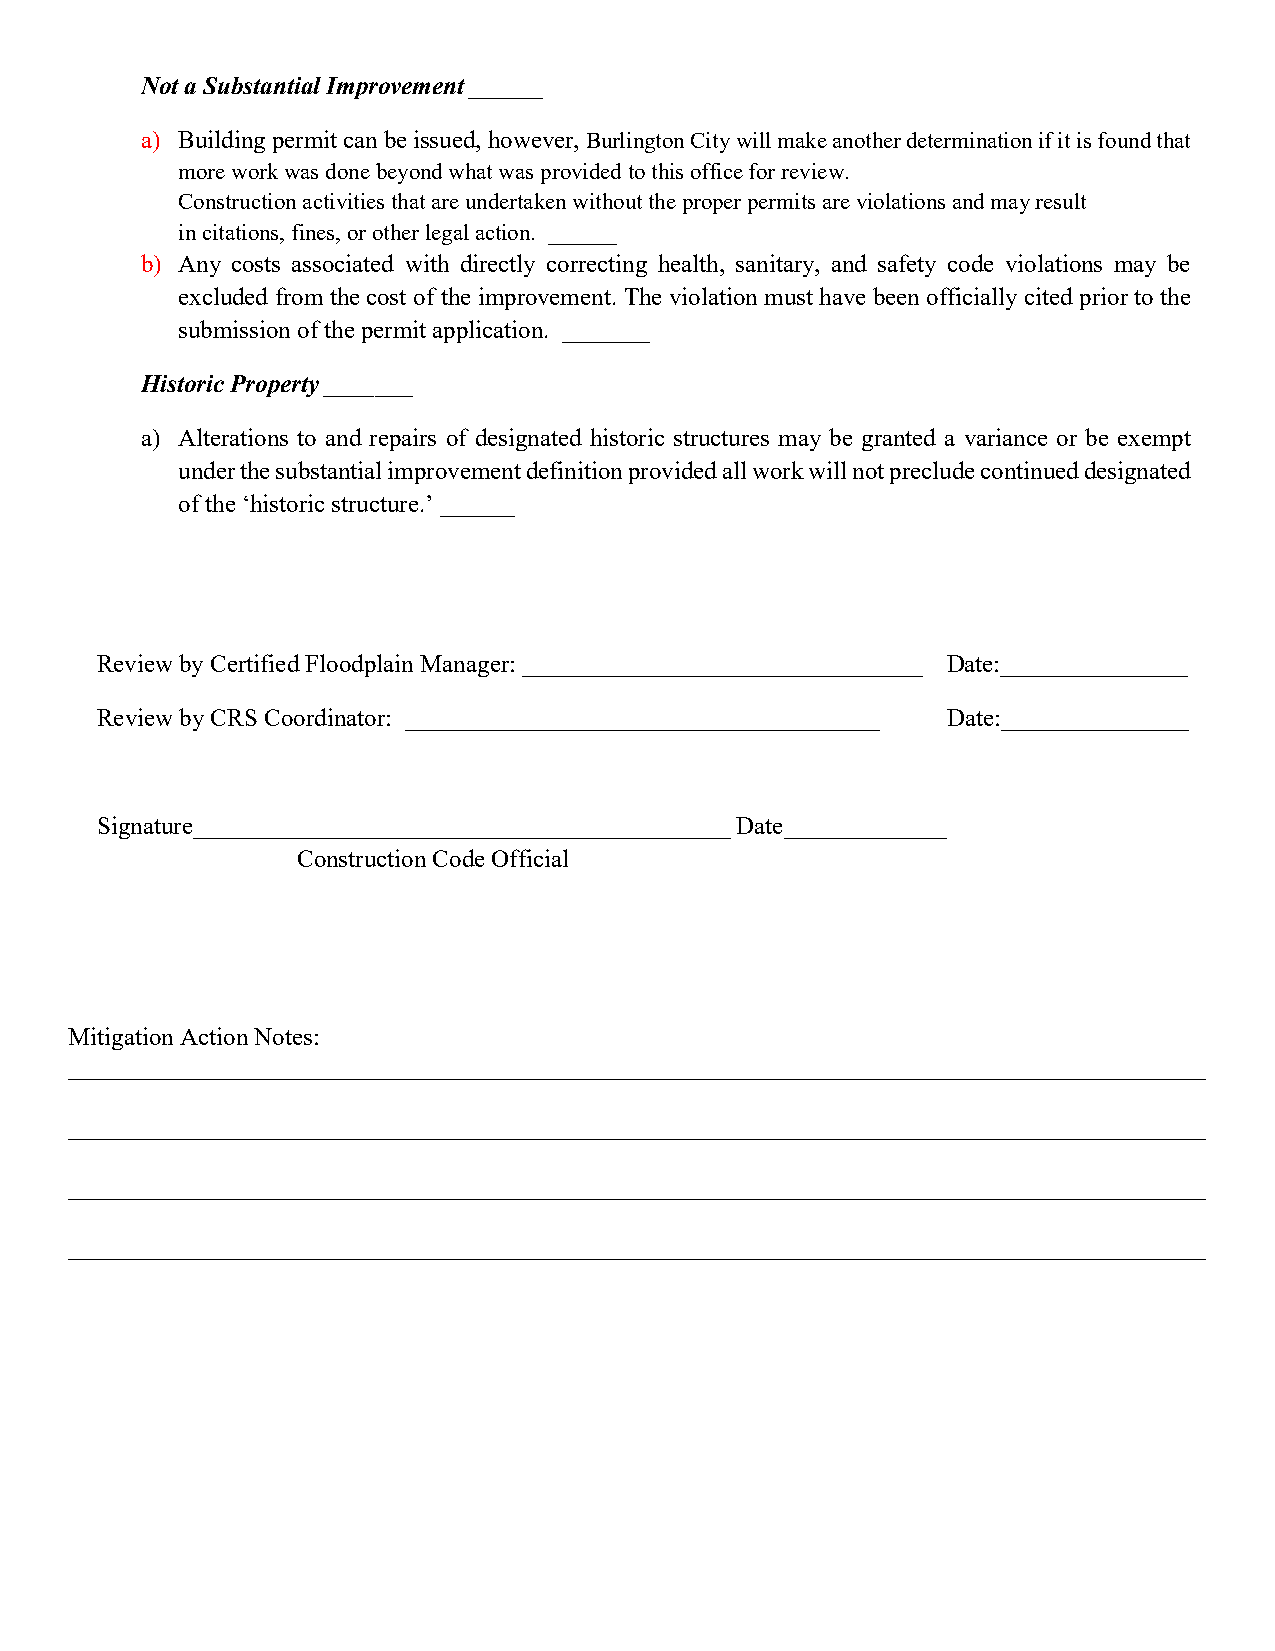
Not a Substantial Improvement ______
 a) Building permit can be issued, however, Burlington City will make another determination if it is found that
 more work was done beyond what was provided to this office for review.
 Construction activities that are undertaken without the proper permits are violations and may result
 in citations, fines, or other legal action. ______
 b) Any costs associated with directly correcting health, sanitary, and safety code violations may be
 excluded from the cost of the improvement. The violation must have been officially cited prior to the
 submission of the permit application. _______
 Historic Property_______
 a) Alterations to and repairs of designated historic structures may be granted a variance or be exempt
 under the substantial improvement definition provided all work will not preclude continued designated
 of the ‘historic structure.’ ______
 Review by Certified Floodplain Manager: ________________________________ Date:_______________
 Review by CRS Coordinator: ______________________________________ Date:_______________
 Signature___________________________________________ Date_____________
 Construction Code Official
 Mitigation Action Notes:
 ___________________________________________________________________________________________
 ___________________________________________________________________________________________
 ___________________________________________________________________________________________
 ___________________________________________________________________________________________